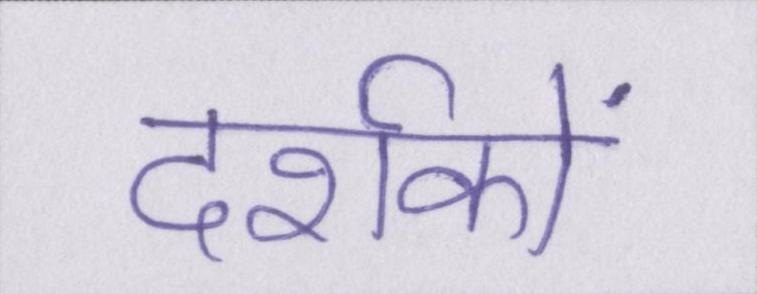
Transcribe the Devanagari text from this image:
दर्शकों